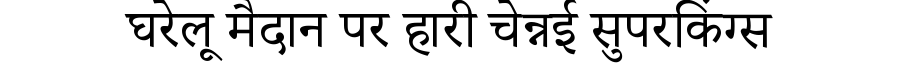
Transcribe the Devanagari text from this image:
घरेलू मैदान पर हारी चेन्नई सुपरकिंग्स